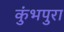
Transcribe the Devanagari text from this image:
कुंभपुरा